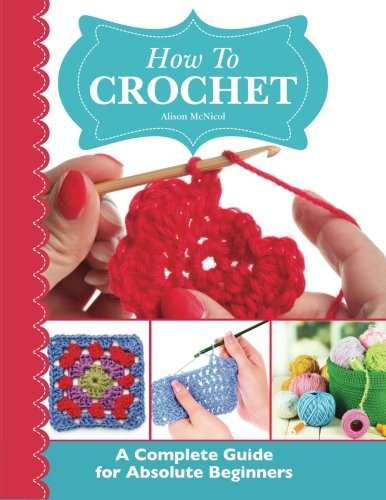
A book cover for How To Crochet:  A Complete Guide for Absolute Beginners; Alison McNicol; Crafts, Hobbies & Home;